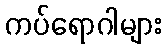
ကပ်ရောဂါများ